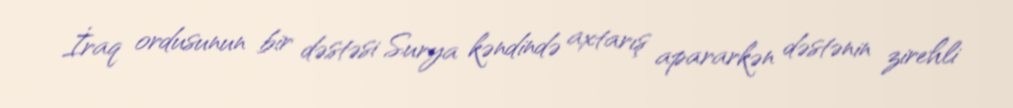
İraq ordusunun bir dəstəsi Surya kəndində axtarış apararkən dəstənin zirehli